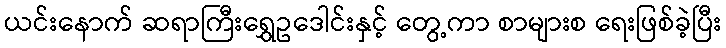
ယင်းနောက် ဆရာကြီးရွှေဥဒေါင်းနှင့် တွေ့ကာ စာများစ ရေးဖြစ်ခဲ့ပြီး